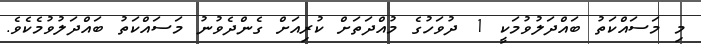
މި މަސައްކަތު ބައްދަލުވުމަކީ 1 ދުވަހުގެ މުއްދަތަށް ކުރިއަށް ގެންދެވުނު މަސައްކަތު ބައްދަލުވުމެކެވެ.